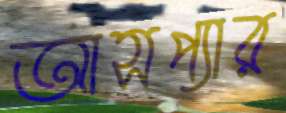
আসপ্যার